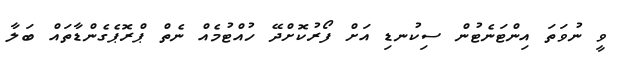
ވީ ނުވަތަ އިންޓަނެޓުން ސިކުނޑި އަށް ފޯރުކޮށްދޭ ހުއްޓުމެއް ނެތް ޕްރޮޕެގެންޑާތައް ބަލާ